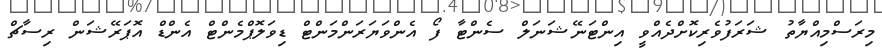
މިރަސްމިއްޔާތު ޝަރަފުވެރިކޮށްދެއްވީ އިންޓަނޭޝަނަލް ސެންޓާ ފޯ އެންވަޔަރަންމަންޓް ޑިވަލޮޕްމެންޓް އެންޑް އޮޕަރޭޝަން ރިސާޗް